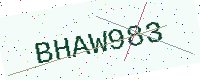
Text: BHAW983